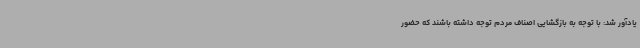
یادآور شد: با توجه به بازگشایی اصناف مردم توجه داشته باشند که حضور